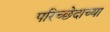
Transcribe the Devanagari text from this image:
परिच्छेदाच्या